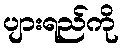
ပျားရည်ကို